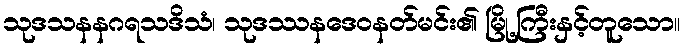
သုဒသနနဂရသဒိသံ၊ သုဒဿနဒေဝနတ်မင်း၏ မြို့ကြီးနှင့်တူသော။